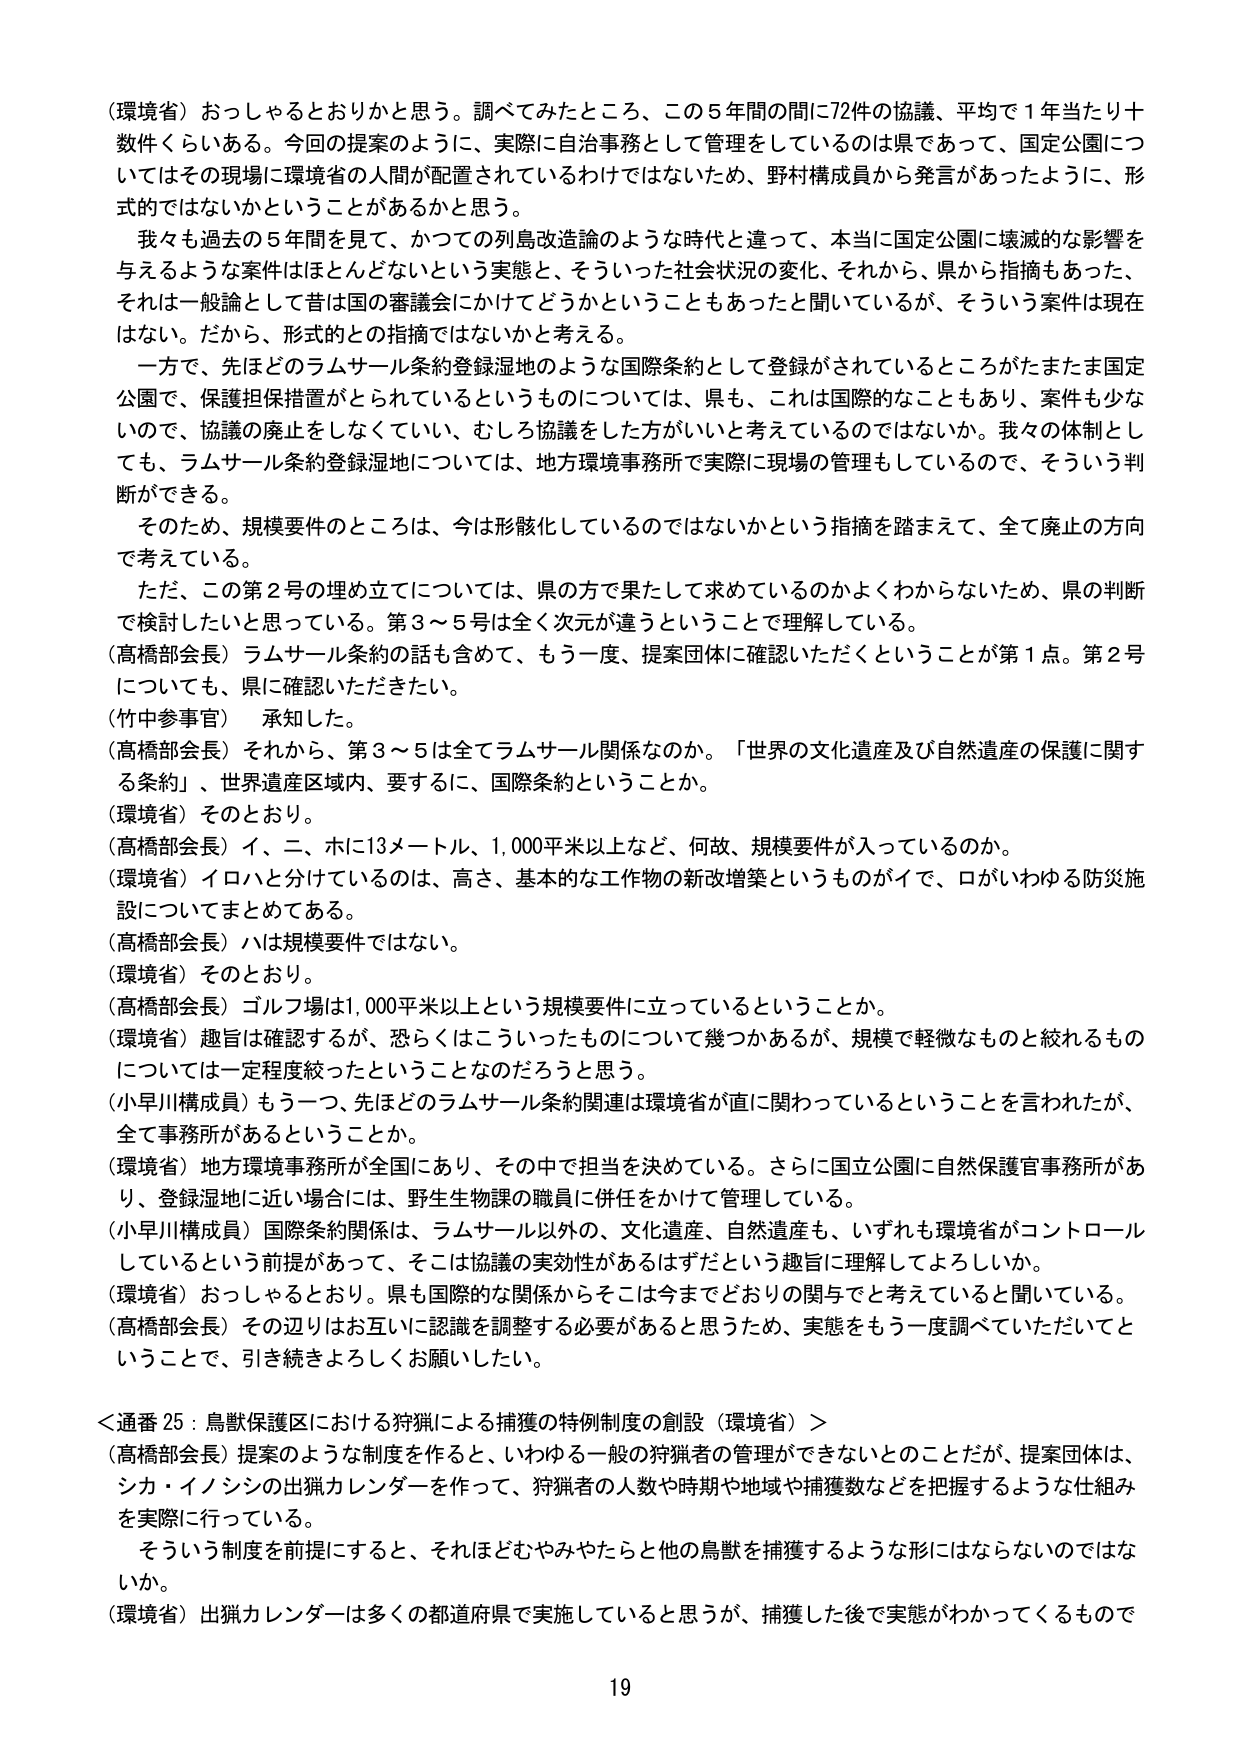
（環境省）おっしゃるとおりかと思う。調べてみたところ、この５年間の間に72件の協議、平均で１年当たり十数件くらいある。今回の提案のように、実際に自治事務として管理しているのは県であって、国立公園についてはその現場に環境省の人間が配置されているわけではないため、野村構成員から発言があったように、形式的ではないかということがあるかと思う。

我々も過去の５年間を見て、かつての列島改造論のような時代と違って、本当に国立公園に壊滅的な影響を与えるような案件はほとんどないという実態と、そういった社会状況の変化、それから、県から指摘もあった、それは一般論として昔は国の審議会にかけてどうかということもあったと聞いているが、そういう案件は現在はない。だから、形式的との指摘ではないかと考える。

一方で、先ほどのラムサール条約登録湿地のような国際条約として登録がされているところがたまたま国立公園で、保護担保措置がとられているというものについては、県も、これは国際的なこともあり、案件も少ないのでも、協議の廃止をしなくていい、むしろ協議をした方がいいと考えているのではないか。我々の体制としても、ラムサール条約登録湿地については、地方環境事務所で実際に現場の管理もしているので、そういう判断ができる。

そのため、規模要件のところは、今は形骸化しているのではないかという指摘を踏まえて、全て廃止の方向で考えている。

ただ、この第２号の埋め立てについては、県の方で果たして求めているのかよくわからないため、県の判断で検討したいと思っている。第３～５号は全く次元が違うということで理解している。

（高橋部会長）ラムサール条約の話も含めて、もう一度、提案団体に確認いただくということが第１点。第２号についても、県に確認いただきたい。

（竹中参事官）承知した。

（高橋部会長）それから、第３～５は全てラムサール関係なのか。「世界の文化遺産及び自然遺産の保護に関する条約」、世界遺産区域内、要するに、国際条約ということか。

（環境省）そのとおり。

（高橋部会長）イ、二、ホに13メートル、1,000平米以上など、何故、規模要件が入っているのか。

（環境省）イロハと分けているのは、高さ、基本的な工作物の新改増築というものがイで、ロがいわゆる防災施設についてまとめてある。

（高橋部会長）ハは規模要件ではない。

（環境省）そのとおり。

（高橋部会長）ゴルフ場は1,000平米以上という規模要件に立っているということか。

（環境省）趣旨は確認するが、恐らくはこういったものについて幾つかあるが、規模で軽微なものと絞れるものについては一定程度絞ったということなのだろうと思う。

（小早川構成員）もう一つ、先ほどのラムサール条約関連は環境省が直に関わっているということを言われたが、全て事務所があるということか。

（環境省）地方環境事務所が全国にあり、その中で担当を決めている。さらに国立公園に自然保護官事務所があり、登録湿地に近い場合には、野生生物課の職員に併任をかけて管理している。

（小早川構成員）国際条約関係は、ラムサール以外の、文化遺産、自然遺産も、いずれも環境省がコントロールしているという前提があって、そこは協議の実効性があるはずだという趣旨に理解してよろしいか。

（環境省）おっしゃるとおり。県も国際的な関係からそこは今までどおりの関与でと考えていると聞いている。

（高橋部会長）その辺りはお互いに認識を調整する必要があると思うため、実態をもう一度調べていただいてということで、引き続きよろしくお願いしたい。

＜通番25：鳥獣保護区における狩猟による捕獲の特例制度の創設（環境省）＞

（高橋部会長）提案のような制度を作ると、いわゆる一般の狩猟者の管理ができないとのことだが、提案団体は、シカ・イノシシの出猟カレンダーを作って、狩猟者の人数や時期や地域や捕獲数などを把握するような仕組みを実際に行っている。

そういう制度を前提にすると、それほどむやみやたらと他の鳥獣を捕獲するような形にはならないのではないか。

（環境省）出猟カレンダーは多くの都道府県で実施していると思うが、捕獲した後で実態がわかってくるもので

19